Sanitation, dispensaries and jails vaccination Rajputana 1922-1927 - 1922-1927
Year: 1922
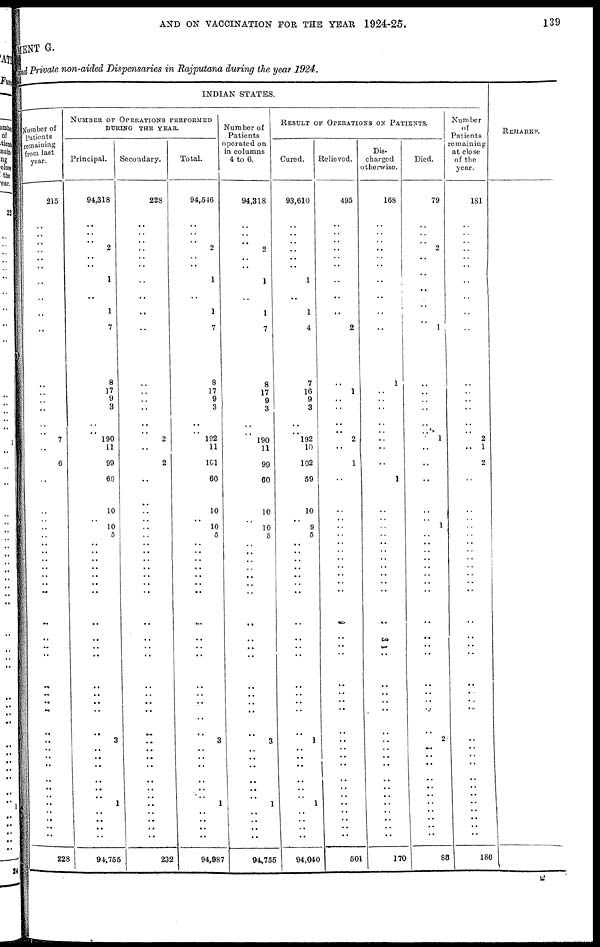
AND ON VACCINATION FOR THE YEAR 1924-25.
139
MENT G.
and Private non-aided Dispensaries in Rajputana during the year 1924.
INDIAN STATES.
Number of Paticnts
remaining
from last
year.
215
..
.. ..
..
..
..
..
..
..
..
..
..
.. ..
..
..
7
..
6
..
..
..
..
..
..
..
..
..
..
..
..
..
..
..
..
..
..
..
..
..
..
..
..
..
..
..
..
..
..
..
..
..
228
NUMBER OF OPERATIONS PERFORMED
DURING THE YEAR.
Principal.
94,318
..
..
..
2
..
..
1
..
1
7
8
17
9
3
..
.. 190
11
99
60
10
..
10
5
..
..
..
..
..
..
..
..
..
..
..
..
..
..
..
..
3
..
..
..
..
..
..
1
..
..
..
..
94,755
Secondary.
228
..
..
..
..
..
..
..
..
..
..
..
..
..
..
..
..
2
..
2
..
..
..
..
..
..
..
..
..
..
..
..
..
..
..
..
..
..
..
..
..
..
..
..
..
..
.,
..
..
..
..
..
..
232
Total.
94,546
..
.. .. 2
..
..
1
..
1
7
8
17
9
3
..
.. 192
11
101
60
10
.. 10
5
..
..
..
..
..
..
..
..
..
..
..
..
..
..
..
..
3
..
..
..
..
..
..
1
..
..
..
..
94,987
Number of
Patients
operated on
in columns
4 to 6.
94,318
..
.. .. 2
..
..
1
..
1
7
8
17
9
3
..
..
190
11
99
60
10
..
10
5
..
..
..
..
..
..
..
..
..
..
..
..
..
..
..
..
3
..
..
..
..
..
..
1
..
..
..
..
94,755
RESULT OF OPERATIONS ON PATIENTS.
Cured.
93,610
..
..
..
..
..
..
1
..
1
4
7
16
9
3
..
.. 192
10
102
59
10
.. 9
5
..
..
..
..
..
.. ..
..
..
..
..
..
..
..
..
..
1
..
..
..
..
..
..
1
..
..
..
..
94,040
Relieved.
495
..
..
..
..
..
..
..
..
..
2
..
1
.. ..
.. .. 2
..
1
..
..
..
..
..
..
..
..
..
..
..
..
..
..
..
..
..
..
..
..
..
..
..
..
..
..
..
..
..
..
..
..
..
501
Dis-
charged
otherwisc.
168
..
..
.. ..
..
..
..
..
..
..
1
..
..
..
.. ..
..
..
..
1
..
..
..
..
..
..
..
..
..
.. ..
..
..
..
..
..
..
..
..
..
..
..
..
..
..
..
..
..
..
..
..
..
170
Died.
79
..
..
..
2
..
..
..
..
..
..
..
..
..
..
..
.. 1
..
..
..
..
..
1
..
..
..
..
..
..
..
..
..
..
..
..
..
..
..
..
..
2
..
..
..
..
..
..
..
..
..
..
..
86
Number
of
Patients
remaining
at close
of the
year.
181
..
..
..
..
..
..
..
..
..
..
..
..
.. ..
..
..
2
1
2
..
..
..
..
..
..
..
..
..
..
..
..
..
..
..
..
..
..
..
..
..
..
..
..
..
..
..
..
..
..
..
..
..
186
REMARKS.
T